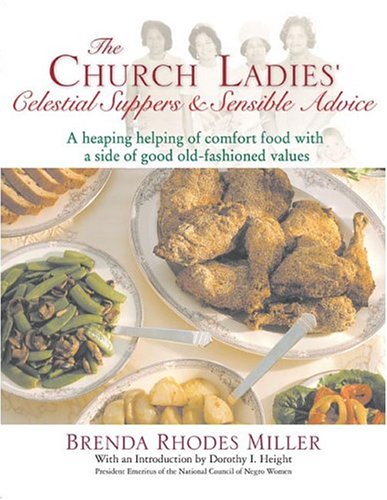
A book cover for The Church Ladies' Celestial Suppers and Sensible Advice; Brenda Rhodes Miller; Cookbooks, Food & Wine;